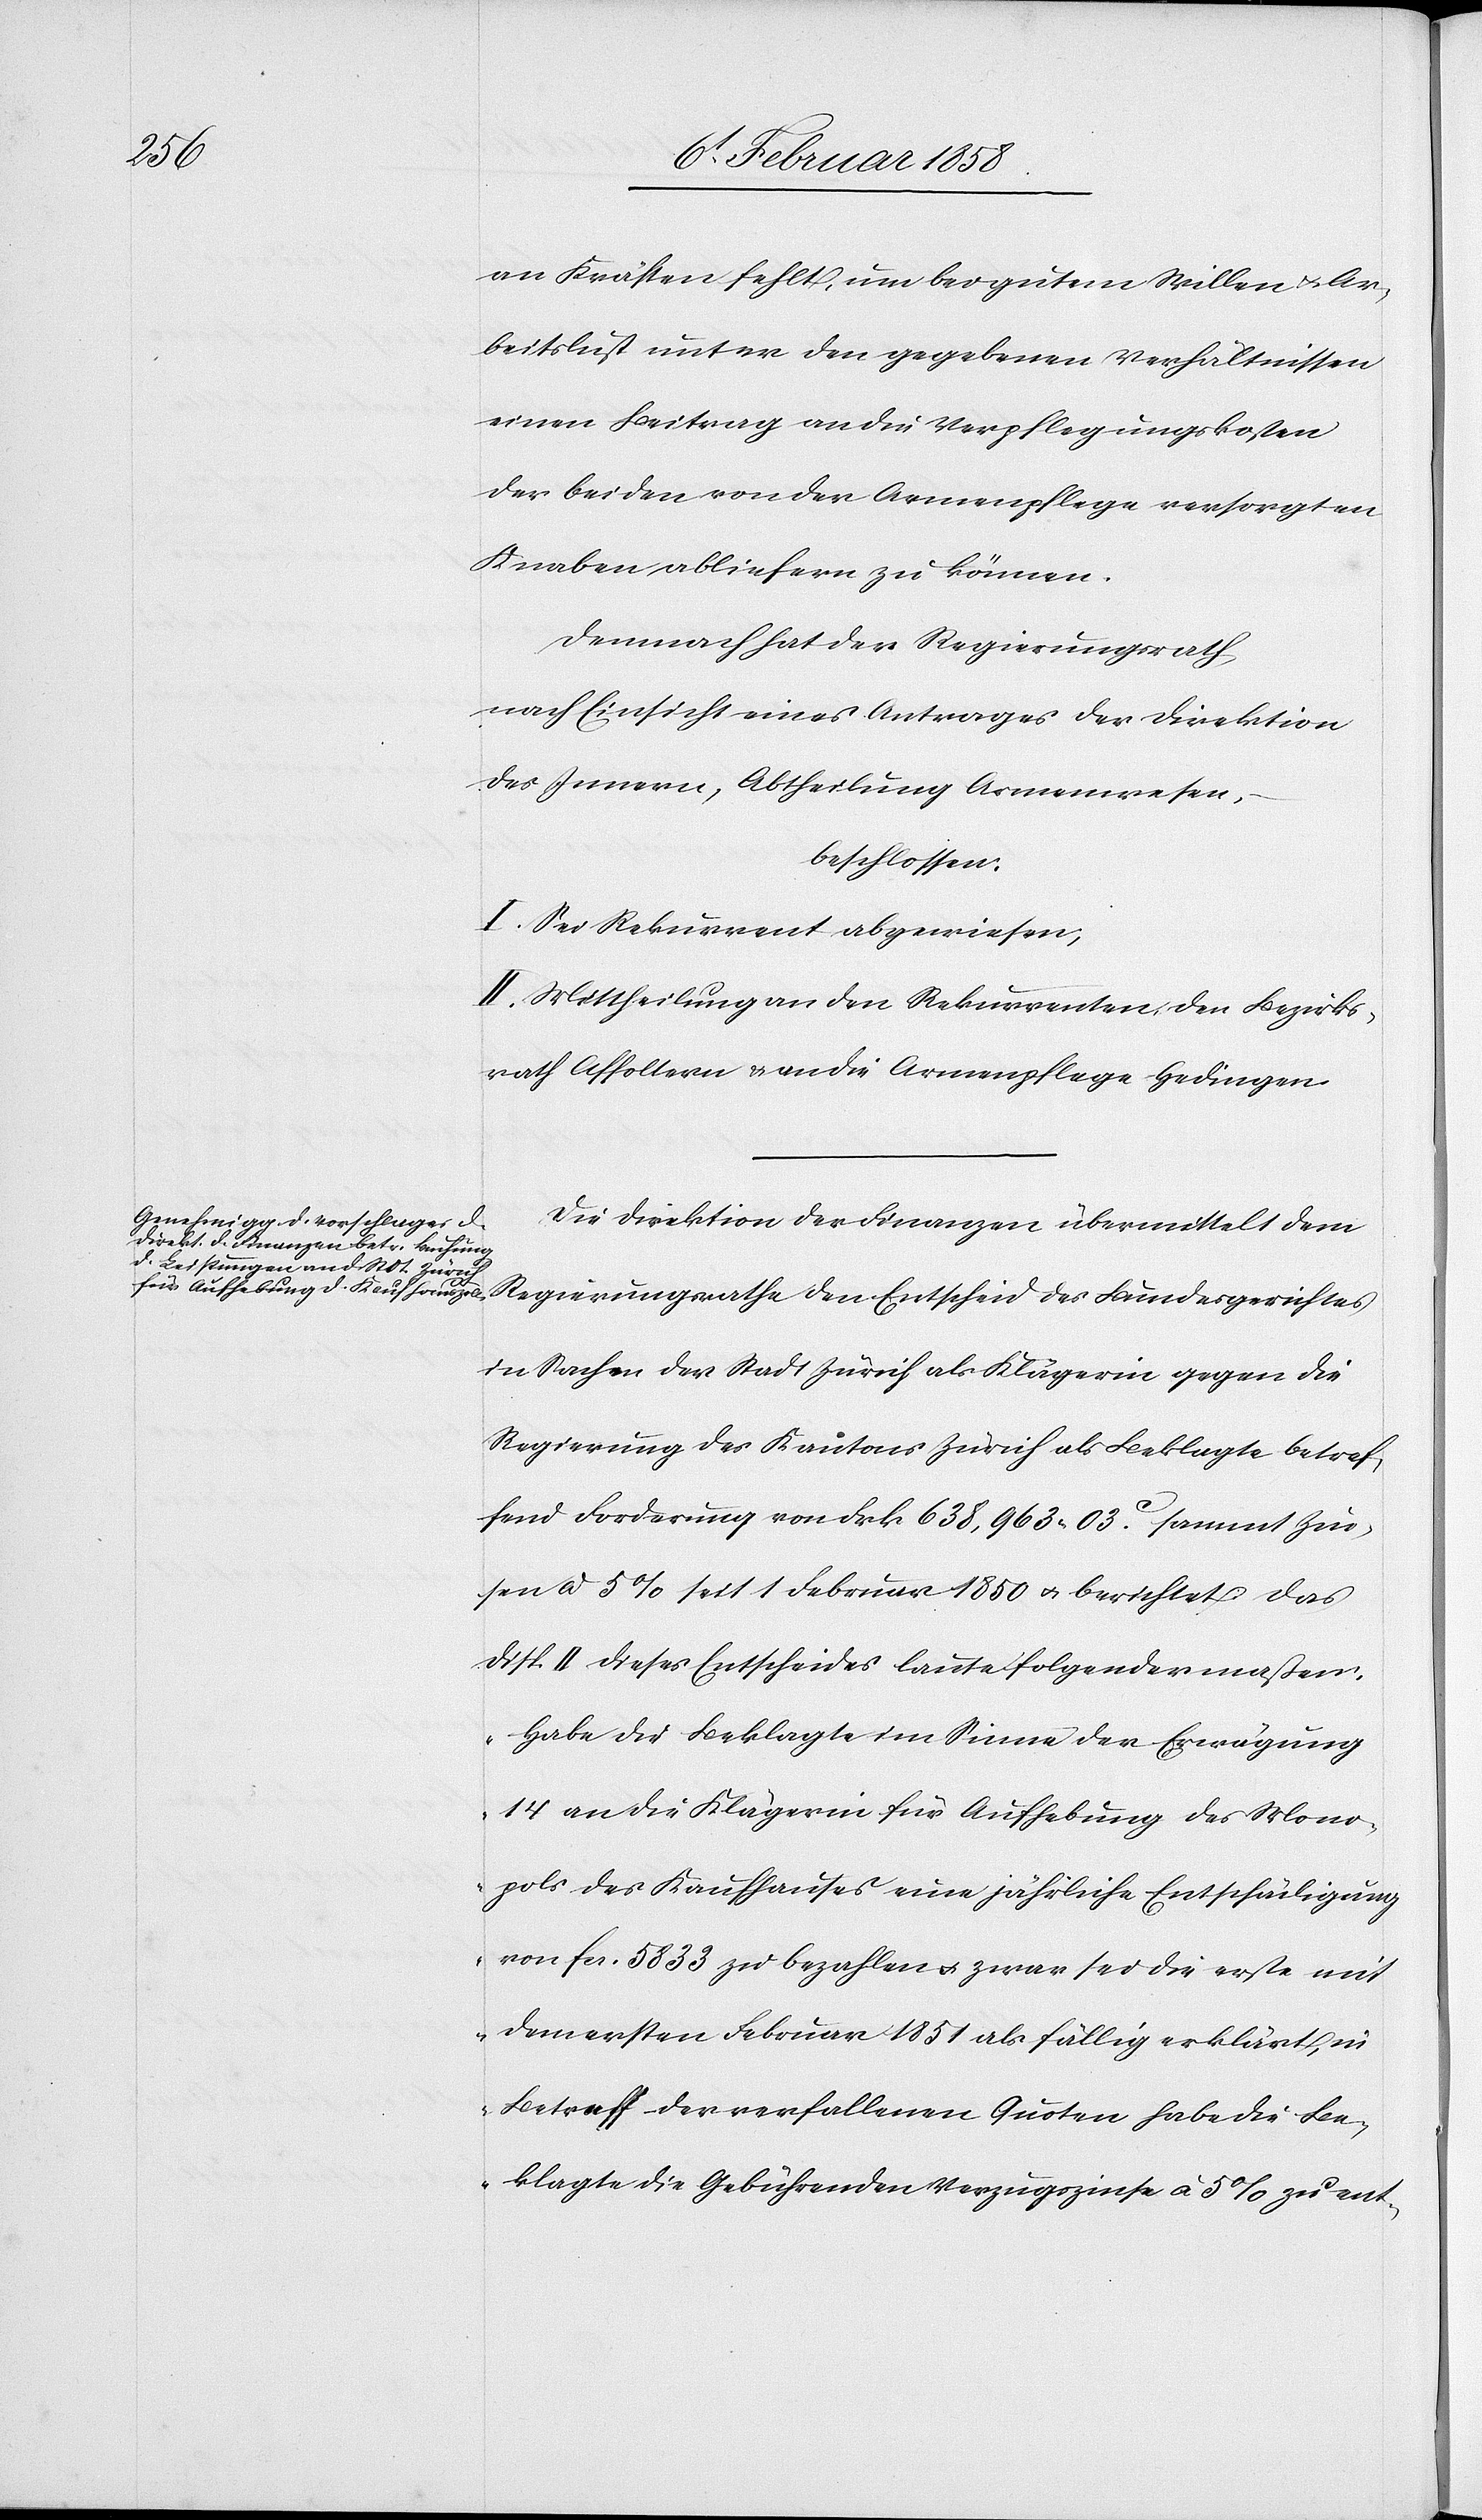
an Kräften fehlt, um bei gutem Willen u. Ar¬
beitslust unter den gegebenen Verhältnissen
einen Beitrag an die Verpflegungskosten
der beiden von der Armenpflege versorgten
Knaben abliefern zu können.
Demnach hat der Regierungsrath,
nach Einsicht eines Antrages der Direktion
des Innern, Abtheilung Armenwesen,
beschlossen:
I. Sei Rekurrent abgewiesen;
II. Mittheilung an den Rekurrenten, den Bezirks¬
rath Affoltern u. an die Armenpflege Hedingen.
Die Direktion der Finanzen übermittelt dem
Regierungsrathe den Entscheid des Bundesgerichtes
in Sachen der Stadt Zürich als Klägerin gegen die
Regierung des Kantons Zürich als Beklagte betref¬
fend Forderung von Frk. 638,963 03 c sammt Zin¬
sen à 5% seit 1 Februar 1850 u. berichtet das
Disp. II dieses Entscheides laute folgendermaßen:
„Habe die Beklagte im Sinne der Erwägung
14 an die Klägerin für Aufhebung des Mono¬
pols des Kaufhauses eine jährliche Entschädigung
von fcs. 5833 zu bezahlen u. zwar sei die erste mit
dem ersten Februar 1851 als fällig erklärt, in
Betreff der verfallenen Quoten habe die Be¬
klagte die Gebührenden Verzugszinse à 5% zu ent-